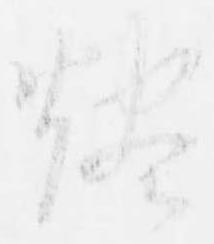
燼